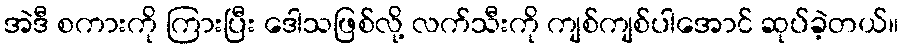
အဲဒီ စကားကို ကြားပြီး ဒေါသဖြစ်လို့ လက်သီးကို ကျစ်ကျစ်ပါအောင် ဆုပ်ခဲ့တယ်။